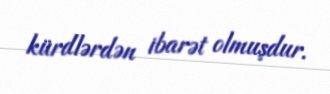
kürdlərdən ibarət olmuşdur.